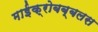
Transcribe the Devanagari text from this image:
माईक्रोबब्बलस